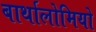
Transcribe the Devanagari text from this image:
बार्थालोमियो